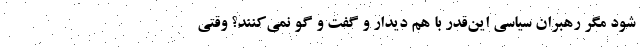
شود مگر رهبران سیاسی این‌قدر با هم دیدار و گفت و گو نمی‌کنند؟ وقتی